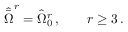
{ \hat { \bar { \Omega } } } ^ { r } = { \hat { \Omega } } _ { 0 } ^ { r } \, , \qquad r \geq 3 \, .